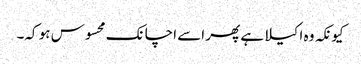
کیونکہ وہ اکیلا ہے پھر اسے اچانک محسوس ہو کہ۔